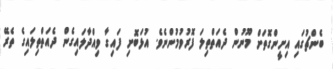
ބެންޗުގައި އިށީންގޮތަށް މޫނުން ދެއަތްތިލަ ފޮރުވުމުންނެވެ. އުޅަބޮށި ފައިގާ ވިއްދާލައިގެން ދެއަތްތިލައިގެ ތެރޭ